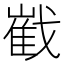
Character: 𱟠